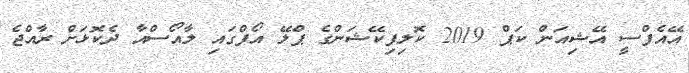
އޭއެފްސީ އޭޝިއަން ކަޕް 2019 ކޮލިފިކޭޝަންގެ ޕްލޭ އޯފްގައި ލާއޯސްއާ ދެކޮޅަށް ރާއްޖެ